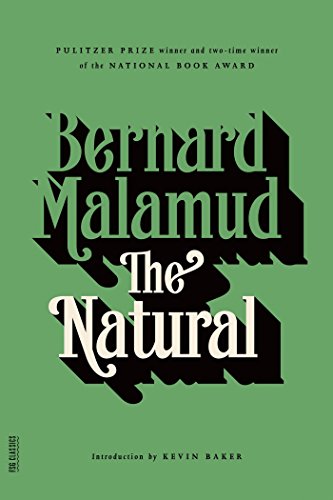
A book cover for The Natural; Bernard Malamud; Science Fiction & Fantasy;